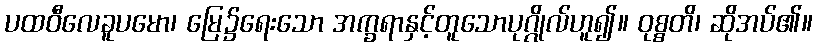
ပထဝီလေခူပမော၊ မြေ၌ရေးသော အက္ခရာနှင့်တူသောပုဂ္ဂိုလ်ဟူ၍။ ဝုစ္စတိ၊ ဆိုအပ်၏။